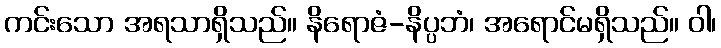
ကင်းသော အရသာရှိသည်။ နိရောဇံ-နိပ္ပဘံ၊ အရောင်မရှိသည်။ ဝါ၊